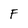
Character: F